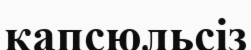
капсюльсіз